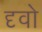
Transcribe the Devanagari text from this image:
दृवो